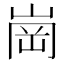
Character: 崗